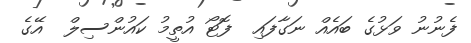
ފެނުނު ވަޅުގެ ބައެއް ނަގާފައި  ފޮޓޯ އުތީމު ކައުންސިލް  އޭގެ